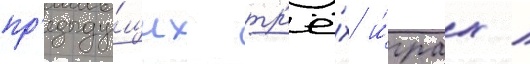
пр'едыду́щих тр'ё́х и́грах /